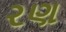
રણ